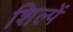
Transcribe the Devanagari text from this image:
शिल्पें